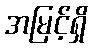
အမြင့်ရှိ